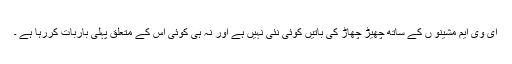
ای وی ایم مشینو ں کے ساتھ چھیڑ چھاڑ کی باتیں کوئی نئی نہیں ہے اور نہ ہی کوئی اس کے متعلق پہلی باربات کررہا ہے ۔